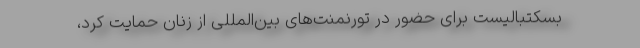
بسکتبالیست برای حضور در تورنمنت‌های بین‌المللی از زنان حمایت کرد،